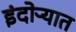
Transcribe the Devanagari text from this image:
इंदोऱ्यात